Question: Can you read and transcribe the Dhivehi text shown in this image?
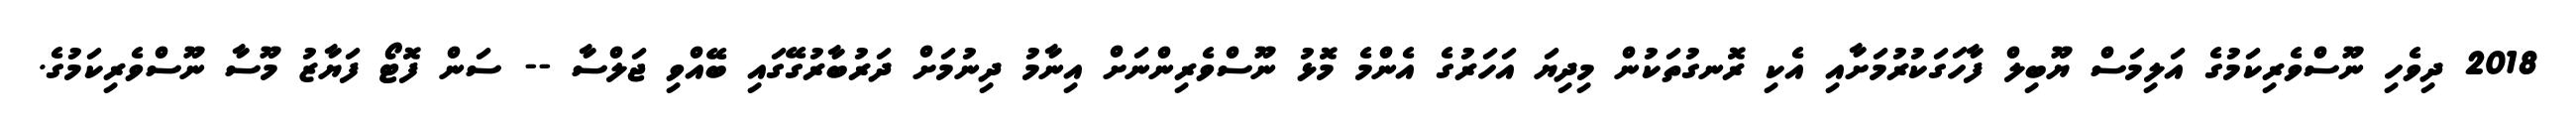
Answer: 2018 ދިވެހި ނޫސްވެރިކަމުގެ އަލިމަސް ޔޫބިލް ފާހަގަކުރުމަށާއި އެކި ރޮނގުތަކުން މިދިޔަ އަހަރުގެ އެންމެ މޮޅު ނޫސްވެރިންނަށް އިނާމު ދިނުމަށް ދަރުބާރުގޭގައި ބޭއްވި ޖަލްސާ -- ސަން ފޮޓޯ ފަޔާޒު މޫސާ ނޫސްވެރިކަމުގެ.